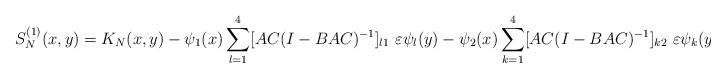
LaTeX: \begin{align*}S^{(1)}_{N}(x,y)=K_{N}(x,y)-\psi_{1}(x)\sum_{l=1}^{4}[AC(I-BAC)^{-1}]_{l1}\ \varepsilon \psi_{l}(y)-\psi_{2}(x)\sum_{k=1}^{4}[AC(I-BAC)^{-1}]_{k2}\ \varepsilon \psi_{k}(y),\end{align*}